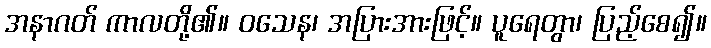
အနာဂတ် ကာလတို့၏။ ဝသေန၊ အပြားအားဖြင့်။ ပူရေတွာ၊ ပြည့်စေ၍။